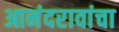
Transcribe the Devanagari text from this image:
आनंदरावांचा